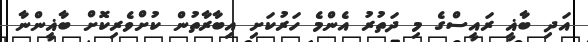
އަދި ބާޣީ ރައީސްގެ މި ދަތުރު އެންމެ ހަރުކަށި އިބާރާތުން ކުށްވެރިކޮށް ބާޣީންނާ